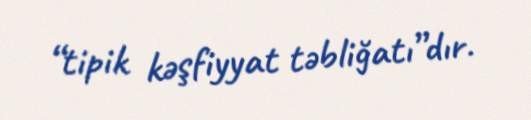
“tipik kəşfiyyat təbliğatı”dır.